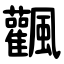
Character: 飌